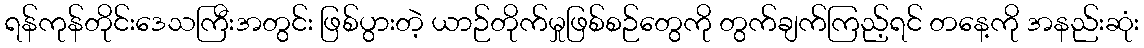
ရန်ကုန်တိုင်းဒေသကြီးအတွင်း ဖြစ်ပွားတဲ့ ယာဉ်တိုက်မှုဖြစ်စဉ်တွေကို တွက်ချက်ကြည့်ရင် တနေ့ကို အနည်းဆုံး